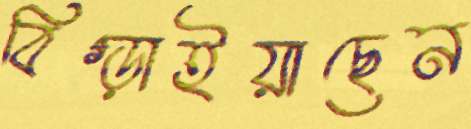
বিগ্‌ড়াইয়াছেন